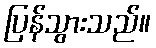
ပြန်သွားသည်။